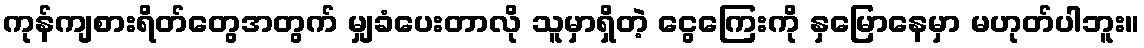
ကုန်ကျစားရိတ်တွေအတွက် မျှခံပေးတာလို သူမှာရှိတဲ့ ငွေကြေးကို နှမြောနေမှာ မဟုတ်ပါဘူး။